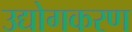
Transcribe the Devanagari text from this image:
उद्योगकरण